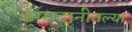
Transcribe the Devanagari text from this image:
अमदानीतल्या